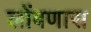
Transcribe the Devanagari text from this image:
लोंबणारा